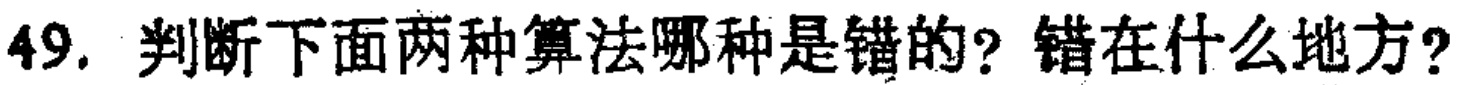
49. 判断下面两种算法哪种是错的？错在什么地方？